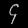
Digit: ၄